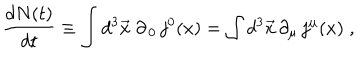
LaTeX: \frac { d N ( t ) } { d t } \equiv \int d ^ { 3 } \vec { x } \; \partial _ { \, 0 } \, j ^ { 0 } ( x ) = \int d ^ { 3 } \vec { x } \, \partial _ { \mu } \, j ^ { \mu } ( x ) \; ,